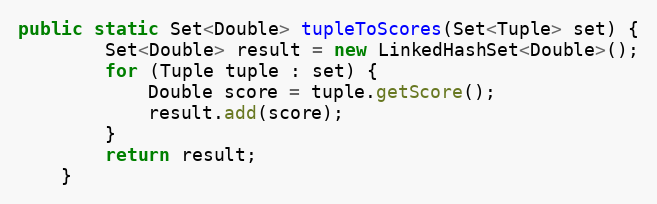
Language: Java
public static Set<Double> tupleToScores(Set<Tuple> set) {
		Set<Double> result = new LinkedHashSet<Double>();
		for (Tuple tuple : set) {
			Double score = tuple.getScore();
			result.add(score);
		}
		return result;
	}